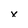
Character: x